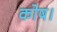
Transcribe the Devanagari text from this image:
कोष।